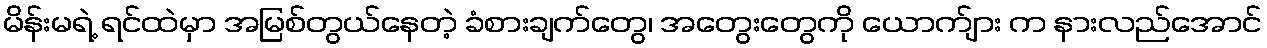
မိန်းမရဲ့ ရင်ထဲမှာ အမြစ်တွယ်နေတဲ့ ခံစားချက်တွေ၊ အတွေးတွေကို ယောက်ျား က နားလည်အောင်